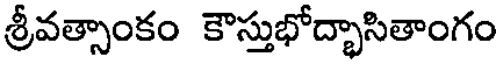
శ్రీవత్సాంకం కౌస్తుభోద్భాసితాంగం